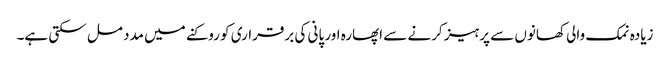
زیادہ نمک والی کھانوں سے پرہیز کرنے سے اپھارہ اور پانی کی برقراری کو روکنے میں مدد مل سکتی ہے۔